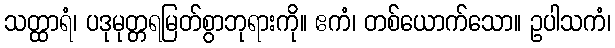
သတ္ထာရံ၊ ပဒုမုတ္တရမြတ်စွာဘုရားကို။ ဧကံ၊ တစ်ယောက်သော။ ဥပါသကံ၊